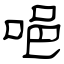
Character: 唈